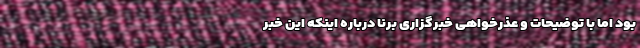
بود اما با توضیحات و عذرخواهی خبرگزاری برنا درباره اینکه این خبر